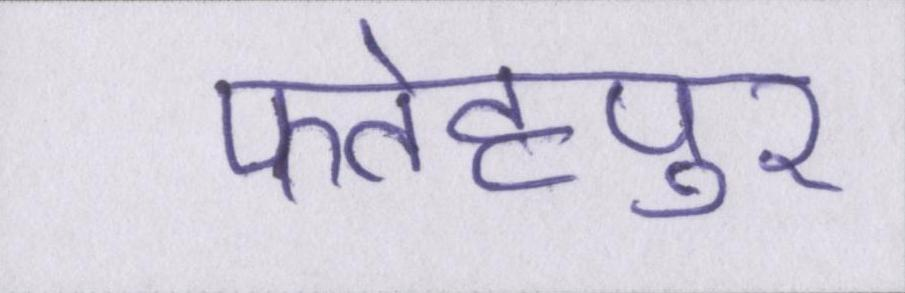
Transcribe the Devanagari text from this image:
फतेहपुर